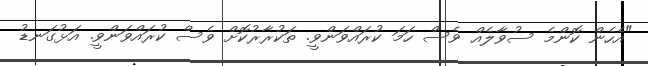
"އެހެން ކޮންމެ ސުވާލެއް ވެސް ހަމަ ކުރައްވަންވީ. ތަކުރާރުކޮށް ވެސް ކުރައްވަންވީ. އަޅުގަނޑު